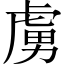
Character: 虜